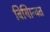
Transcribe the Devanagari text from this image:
बियािन्वत